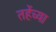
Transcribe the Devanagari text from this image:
तर्हेच्या